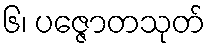
၆၊ ပဇ္ဇောတသုတ်